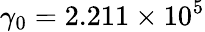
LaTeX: \gamma_{0}=2.211\times 10^{5}